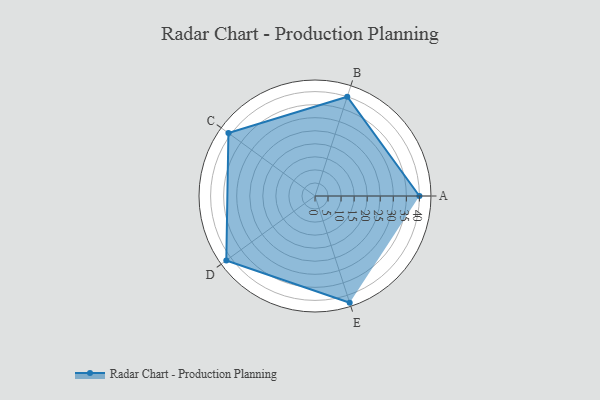
{"axis": {"x": "Skill", "y": "Score"}, "legend": ["Profile"], "data": [{"x": "A", "y": 40.0, "type": "Profile"}, {"x": "B", "y": 40.0, "type": "Profile"}, {"x": "C", "y": 41.0, "type": "Profile"}, {"x": "D", "y": 42.0, "type": "Profile"}, {"x": "E", "y": 43.0, "type": "Profile"}]}